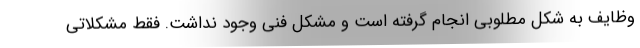
وظایف به شکل مطلوبی انجام گرفته است و مشکل فنی وجود نداشت. فقط مشکلاتی